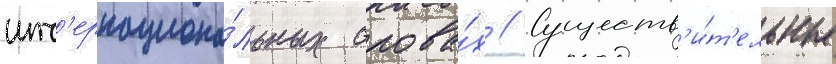
инт'ернациона́льных слова́х // Существ'и́т'ельные